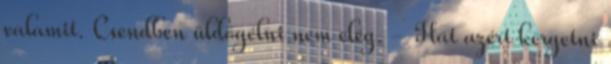
valamit. Csendben üldögélni nem elég. - Hát azért kergetni